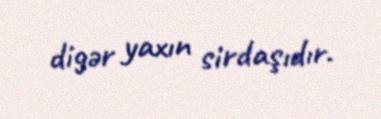
digər yaxın sirdaşıdır.